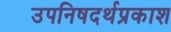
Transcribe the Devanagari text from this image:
उपनिषदर्थप्रकाश